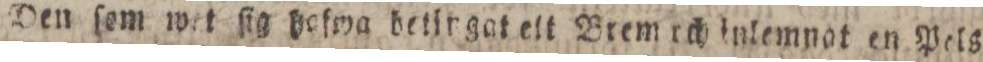
Den ſom wet ſig hoſwa betingat ett Brem ich inlemnat en Pels